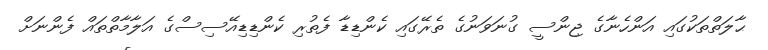
ޙާލަތްތަކުގައި އަންހެނާގެ ޖިންސީ ގުނަވަނުގެ ތެރޭގައި ކެންޑިޑާ ފެތުރި ކެންޑިޑިއޭސިސްގެ އަލާމާތްތައް ފެންނަށް